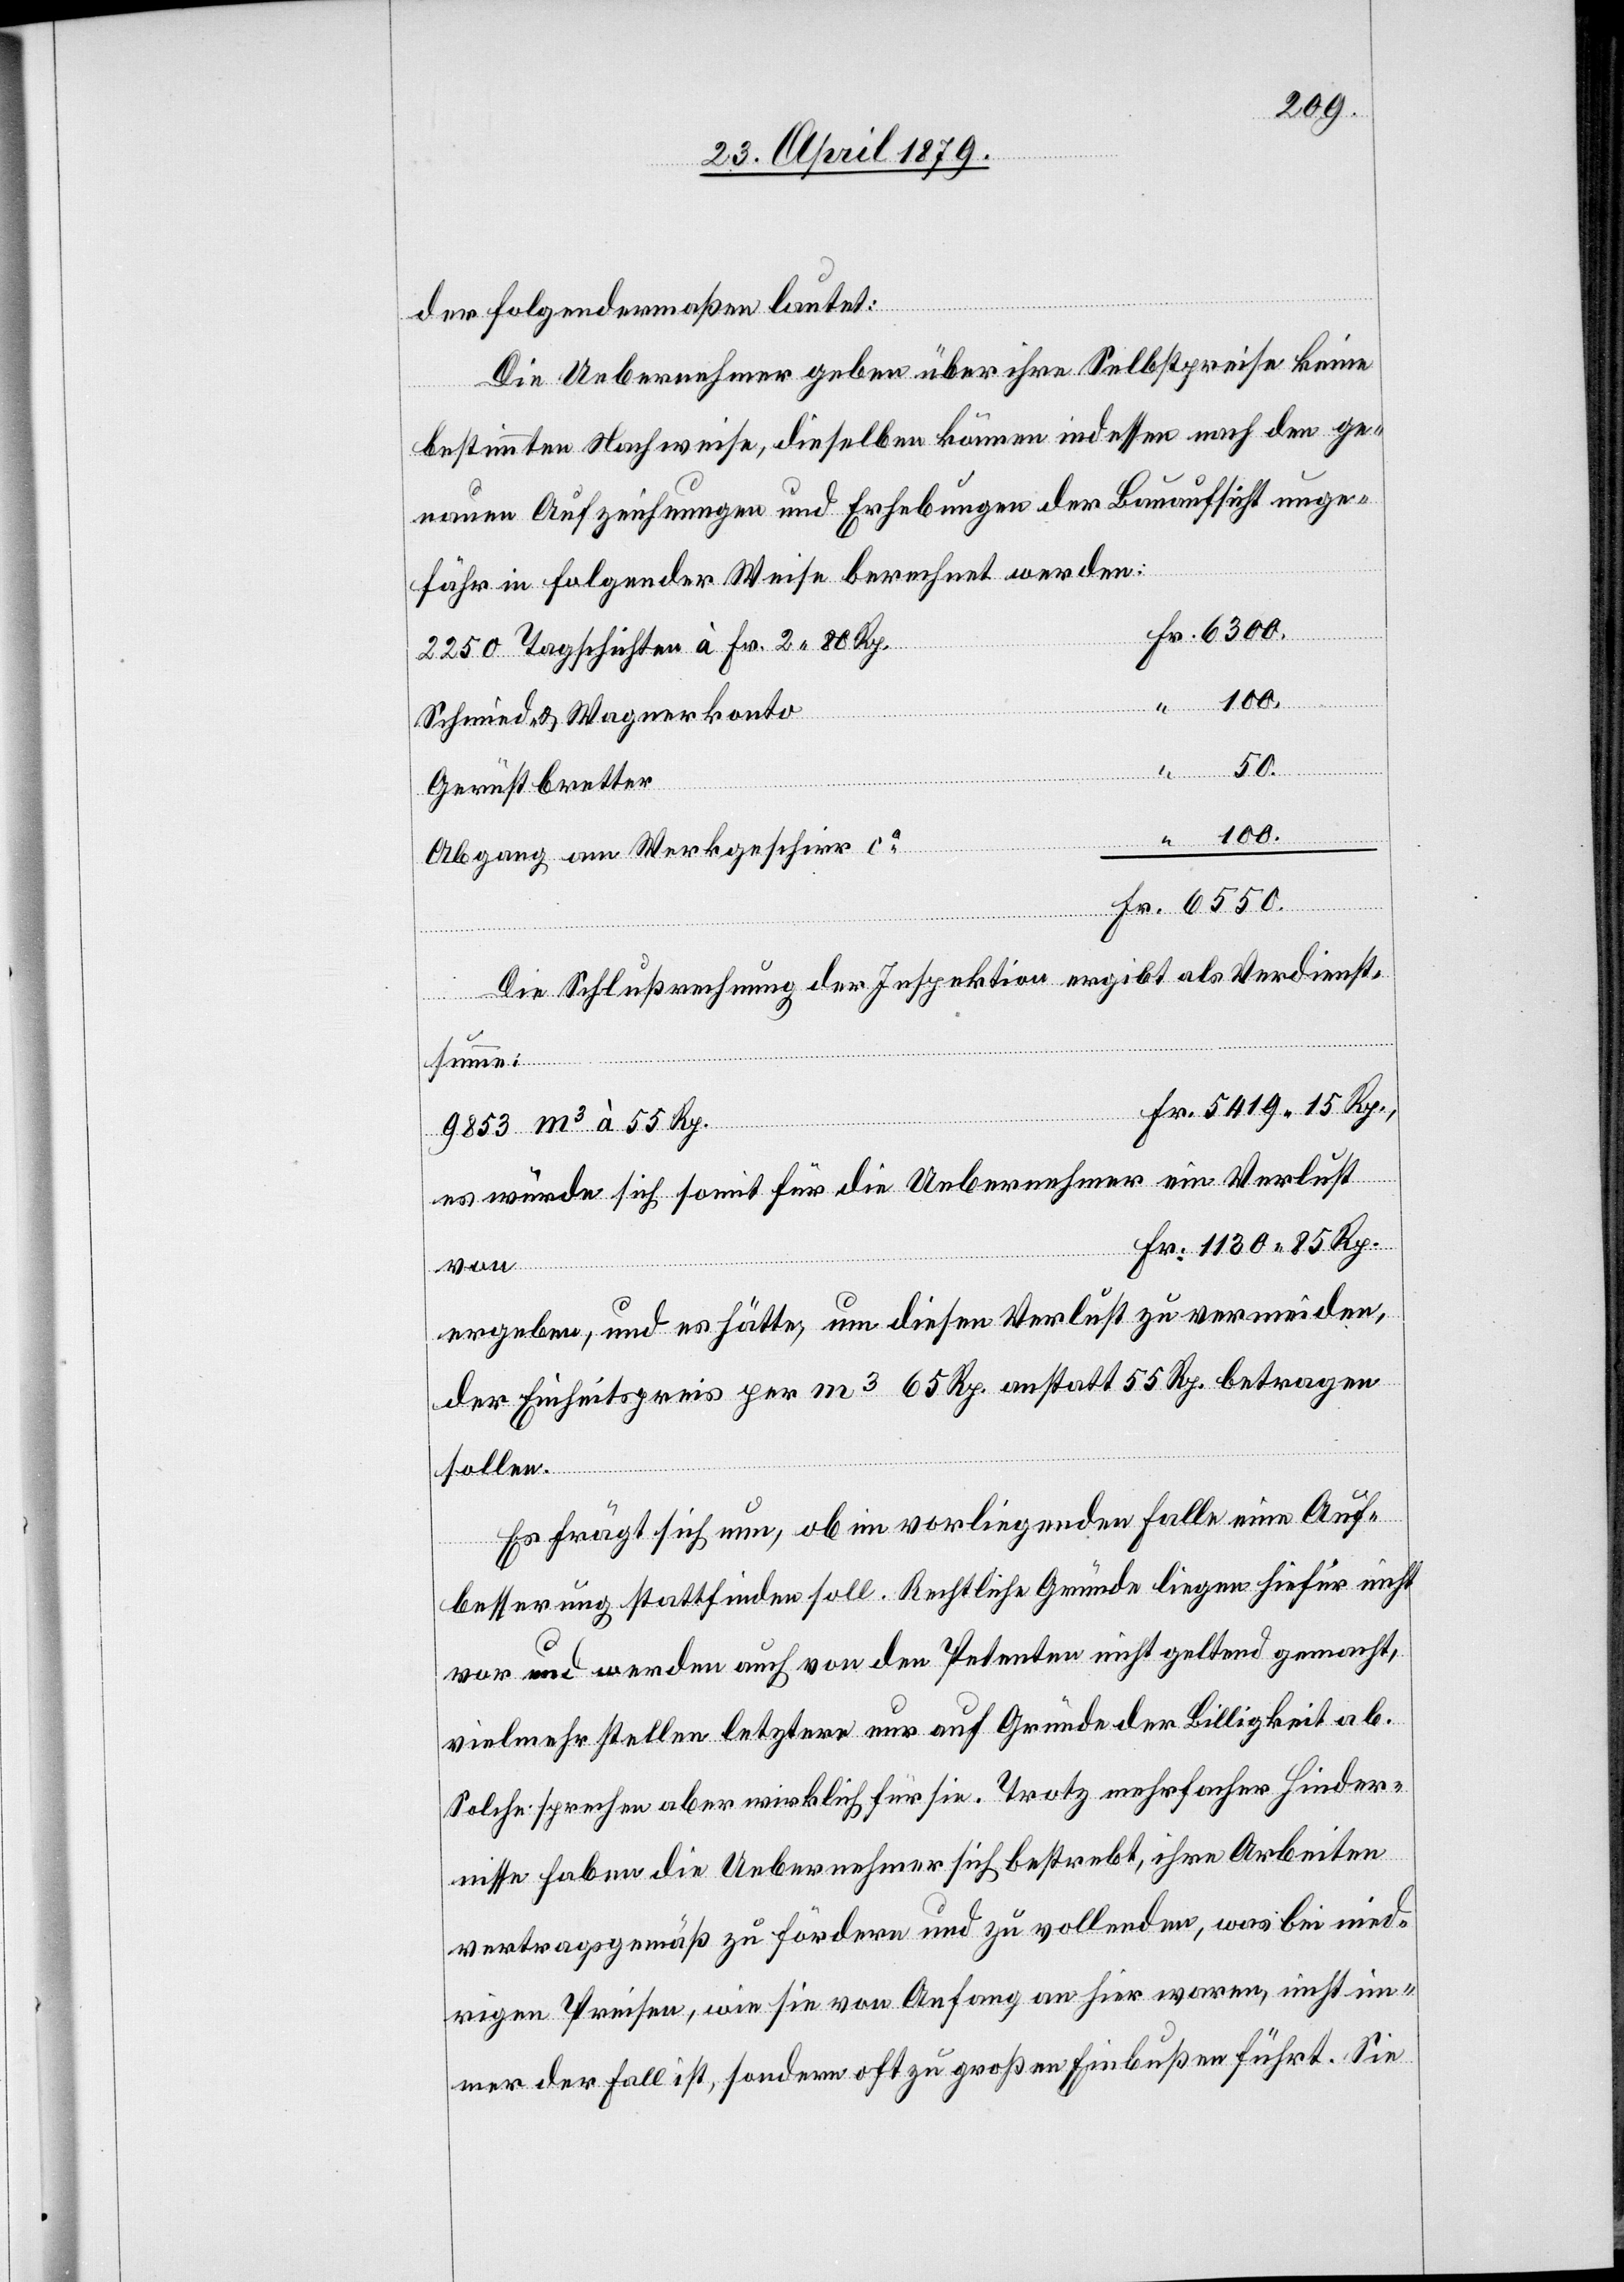
der folgendermaßen lautet:
Die Uebernehmer geben über ihre Selbstpreise keine
bestimmten Nachweise, dieselben können indessen nach den ge¬
nauen Aufzeichnungen und Erhebungen der Bauaufsicht unge¬
fähr in folgender Weise berechnet werden:
2250 Tagschichten à Fr. 2 80 Rp.
“
Schmied- & Wagnerkonto
Gerüstbretter
100.
Fr.
von	F¬
Abgang am Werkgeschirr ca
Die Schlußrechnung der Inspektion ergibt als Verdienst¬
summe:
es würde sich somit für die Uebernehmer ein Verlust
r. 1130 85 Rp.
Fr.
ergeben, und es hätte, um diesen Verlust zu vermeiden,
der Einheitspreis per m3 65 Rp. anstatt 55 Rp. betragen
sollen.
Es frägt sich nun, ob im vorliegenden Falle eine Auf¬
besserung stattfinden soll. Rechtliche Gründe liegen hiefür nicht
vor und werden auch von den Petenten nicht geltend gemacht,
vielmehr stellen letztere nur auf Gründe der Billigkeit ab.
Solche sprechen aber wirklich für sie. Trotz mehrfacher Hinder¬
nisse haben die Uebernehmer sich bestrebt, ihre Arbeiten
vertragsgemäß zu fördern und zu vollenden, was bei nied¬
rigen Preisen, wie sie von Anfang an hier waren, nicht im¬
mer der Fall ist, sondern oft zu großen Einbußen führt. Sie